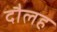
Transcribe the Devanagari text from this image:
दौलह